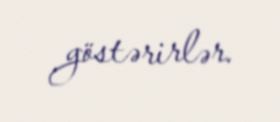
göstərirlər.